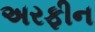
અરફીન